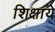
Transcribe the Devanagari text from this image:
शिक्षाये